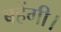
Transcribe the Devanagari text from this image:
बहेंगी।